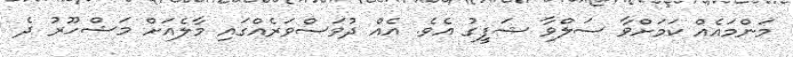
މަންމައެއް ކަމަށްވާ ސަލްވާ ޝަފީގު އެވެ. އެއް ދުވަސްވަރެއްގައި މާލެއަށް މަޝްހޫރު ދެ